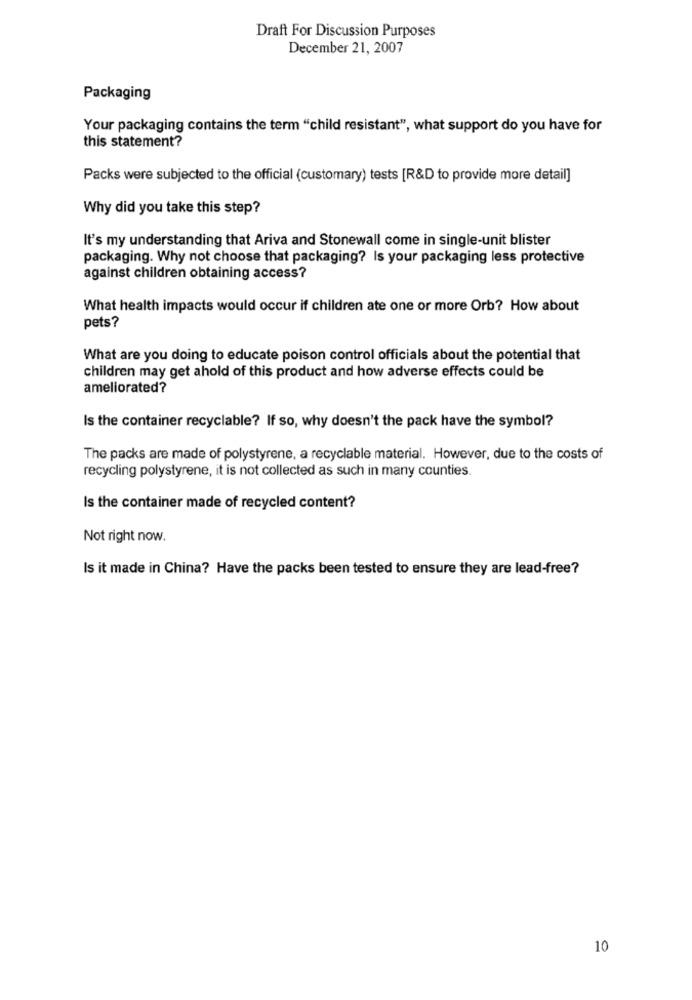
Draft For Discussion Purposes
December 21, 2007
Packaging
Your packaging contains the term "child resistant", what support do you have for
this statement?
Packs were subjected to the official (customary) tests [R&D to provide more detail]
Why did you take this step?
It's my understanding that Ariva and Stonewall come in single-unit blister
packaging. Why not choose that packaging? Is your packaging less protective
against children obtaining access?
What health impacts would occur if children ate one or more Orb? How about
pets?
What are you doing to educate poison control officials about the potential that
children may get ahold of this product and how adverse effects could be
ameliorated?
Is the container recyclable? If so, why doesn't the pack have the symbol?
The packs are made of polystyrene, a recyclable material. However, due to the costs of
recycling polystyrene, it is not collected as such in many counties.
Is the container made of recycled content?
Not right now.
Is it made in China? Have the packs been tested to ensure they are lead-free?
10